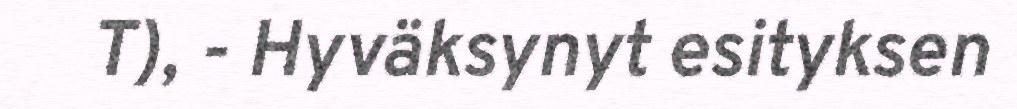
T), - Hyväksynyt esityksen